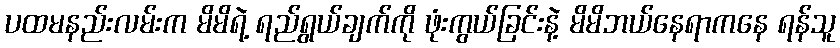
ပထမနည်းလမ်းက မိမိရဲ့ ရည်ရွယ်ချက်ကို ဖုံးကွယ်ခြင်းနဲ့ မိမိဘယ်နေရာကနေ ရန်သူ